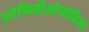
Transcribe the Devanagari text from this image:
ओफिडीओफोबिआ